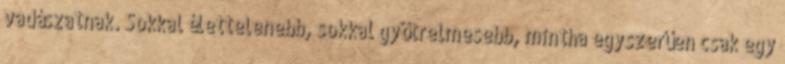
vadászatnak. Sokkal élettelenebb, sokkal gyötrelmesebb, mintha egyszerűen csak egy